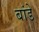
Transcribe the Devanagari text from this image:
बांडे